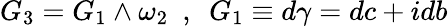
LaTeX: G_{3}=G_{1}\wedge\omega_{2}~~,~~G_{1}\equiv d\gamma=dc+idb